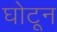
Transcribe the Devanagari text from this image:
घोटून